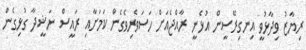
ރިޔާޒު ވިދާޅުވީ އިނގިރޭސީން އުޅެނީ ރާއްޖެއަށް ހަސަވެރިވެގެން ކަމަށާއި ރައީސް ނަޝީދާ ގުޅިގެން